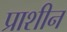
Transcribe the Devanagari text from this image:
प्राशीन